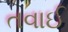
તવાઈ